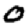
Digit: 0